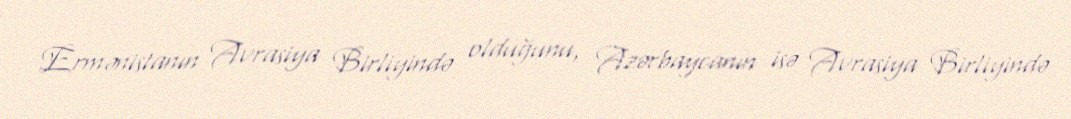
Ermənistanın Avrasiya Birliyində olduğunu, Azərbaycanın isə Avrasiya Birliyində